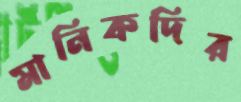
মানিকদির